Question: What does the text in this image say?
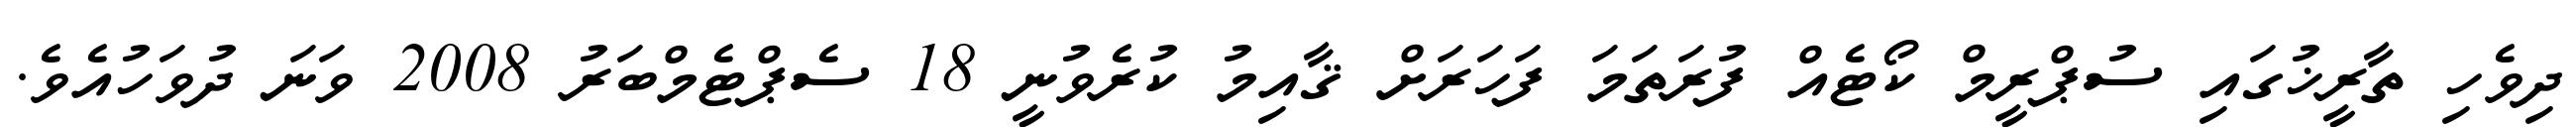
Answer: ދިވެހި ތާރީޚުގައި ސުޕްރީމް ކޯޓެއް ފުރަތަމަ ފަހަރަށް ޤާއިމު ކުރެވުނީ 18 ސެޕްޓެމްބަރު 2008 ވަނަ ދުވަހުއެވެ.